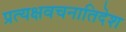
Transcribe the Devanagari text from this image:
प्रत्यक्षवचनातिदेश